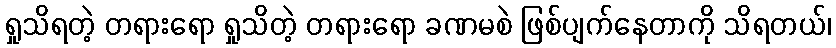
ရှုသိရတဲ့ တရားရော ရှုသိတဲ့ တရားရော ခဏမစဲ ဖြစ်ပျက်နေတာကို သိရတယ်၊